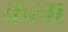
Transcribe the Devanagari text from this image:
कत्म